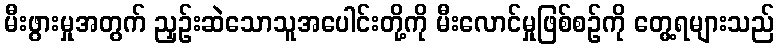
မီးဖွားမှုအတွက် ညှဉ်းဆဲသောသူအပေါင်းတို့ကို မီးလောင်မှုဖြစ်စဉ်ကို တွေ့ရများသည်